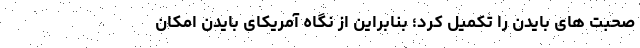
صحبت های بایدن را تکمیل کرد؛ بنابراین از نگاه آمریکای بایدن امکان